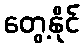
တွေ့နိုင်